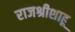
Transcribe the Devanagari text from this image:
राजश्रीशाहू